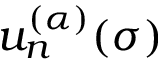
u _ { n } ^ { ( \alpha ) } ( \sigma )